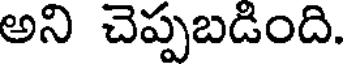
అని చెప్పబడింది.